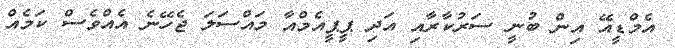
އެމްޑީއޭ އިން ބުނީ ސަރުކާރާއި އަދި ޕީޕީއެމްއާ މައްސަލަ ޖެހޭނެ އެއްވެސް ކަމެއް